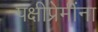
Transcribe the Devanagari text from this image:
पक्षीप्रेमींना